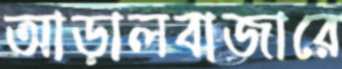
আড়ালবাজারে